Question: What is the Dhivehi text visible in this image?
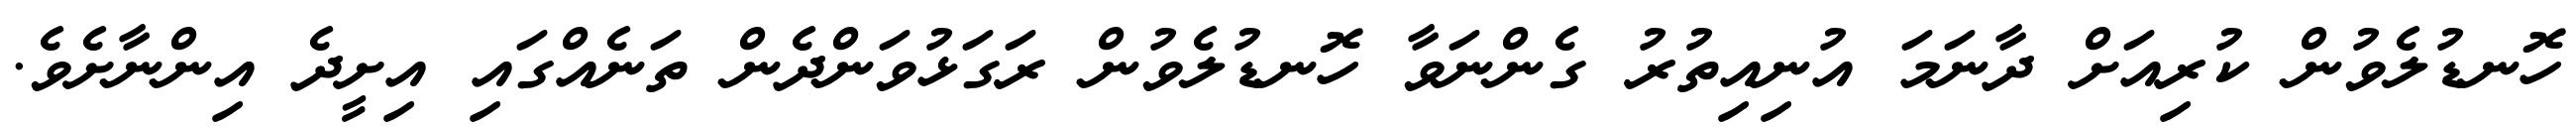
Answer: ހޮނޑުލެވުން ކުރިއަށް ދާނަމަ އުނިއިތުރު ގެންނަވާ ހޮނޑުލެވުން ރަގަޅުވަންދެން ތަނެއްގައި އިށީދެ އިންނާށެވެ.